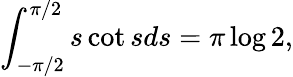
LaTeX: \int_{-\pi/2}^{\pi/2}s\cot sds=\pi\log 2,